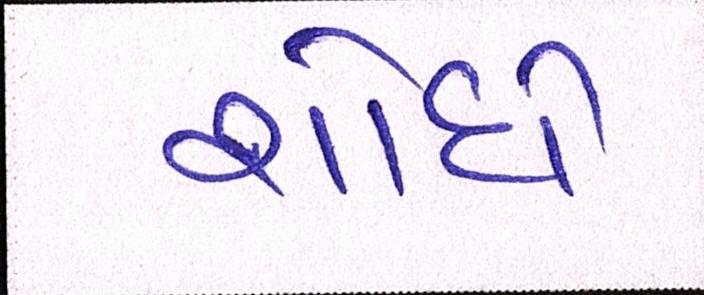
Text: શોધે